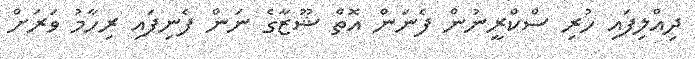
ދިއްލިފައި ހުރި ސްކްރީނުން ފެނަން އޮތް ޝޫޒާގެ ނަން ފެނިފައި ރިހާމު ވަރަށް